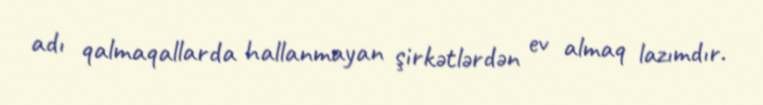
adı qalmaqallarda hallanmayan şirkətlərdən ev almaq lazımdır.